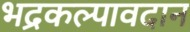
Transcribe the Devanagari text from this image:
भद्रकल्पावदान